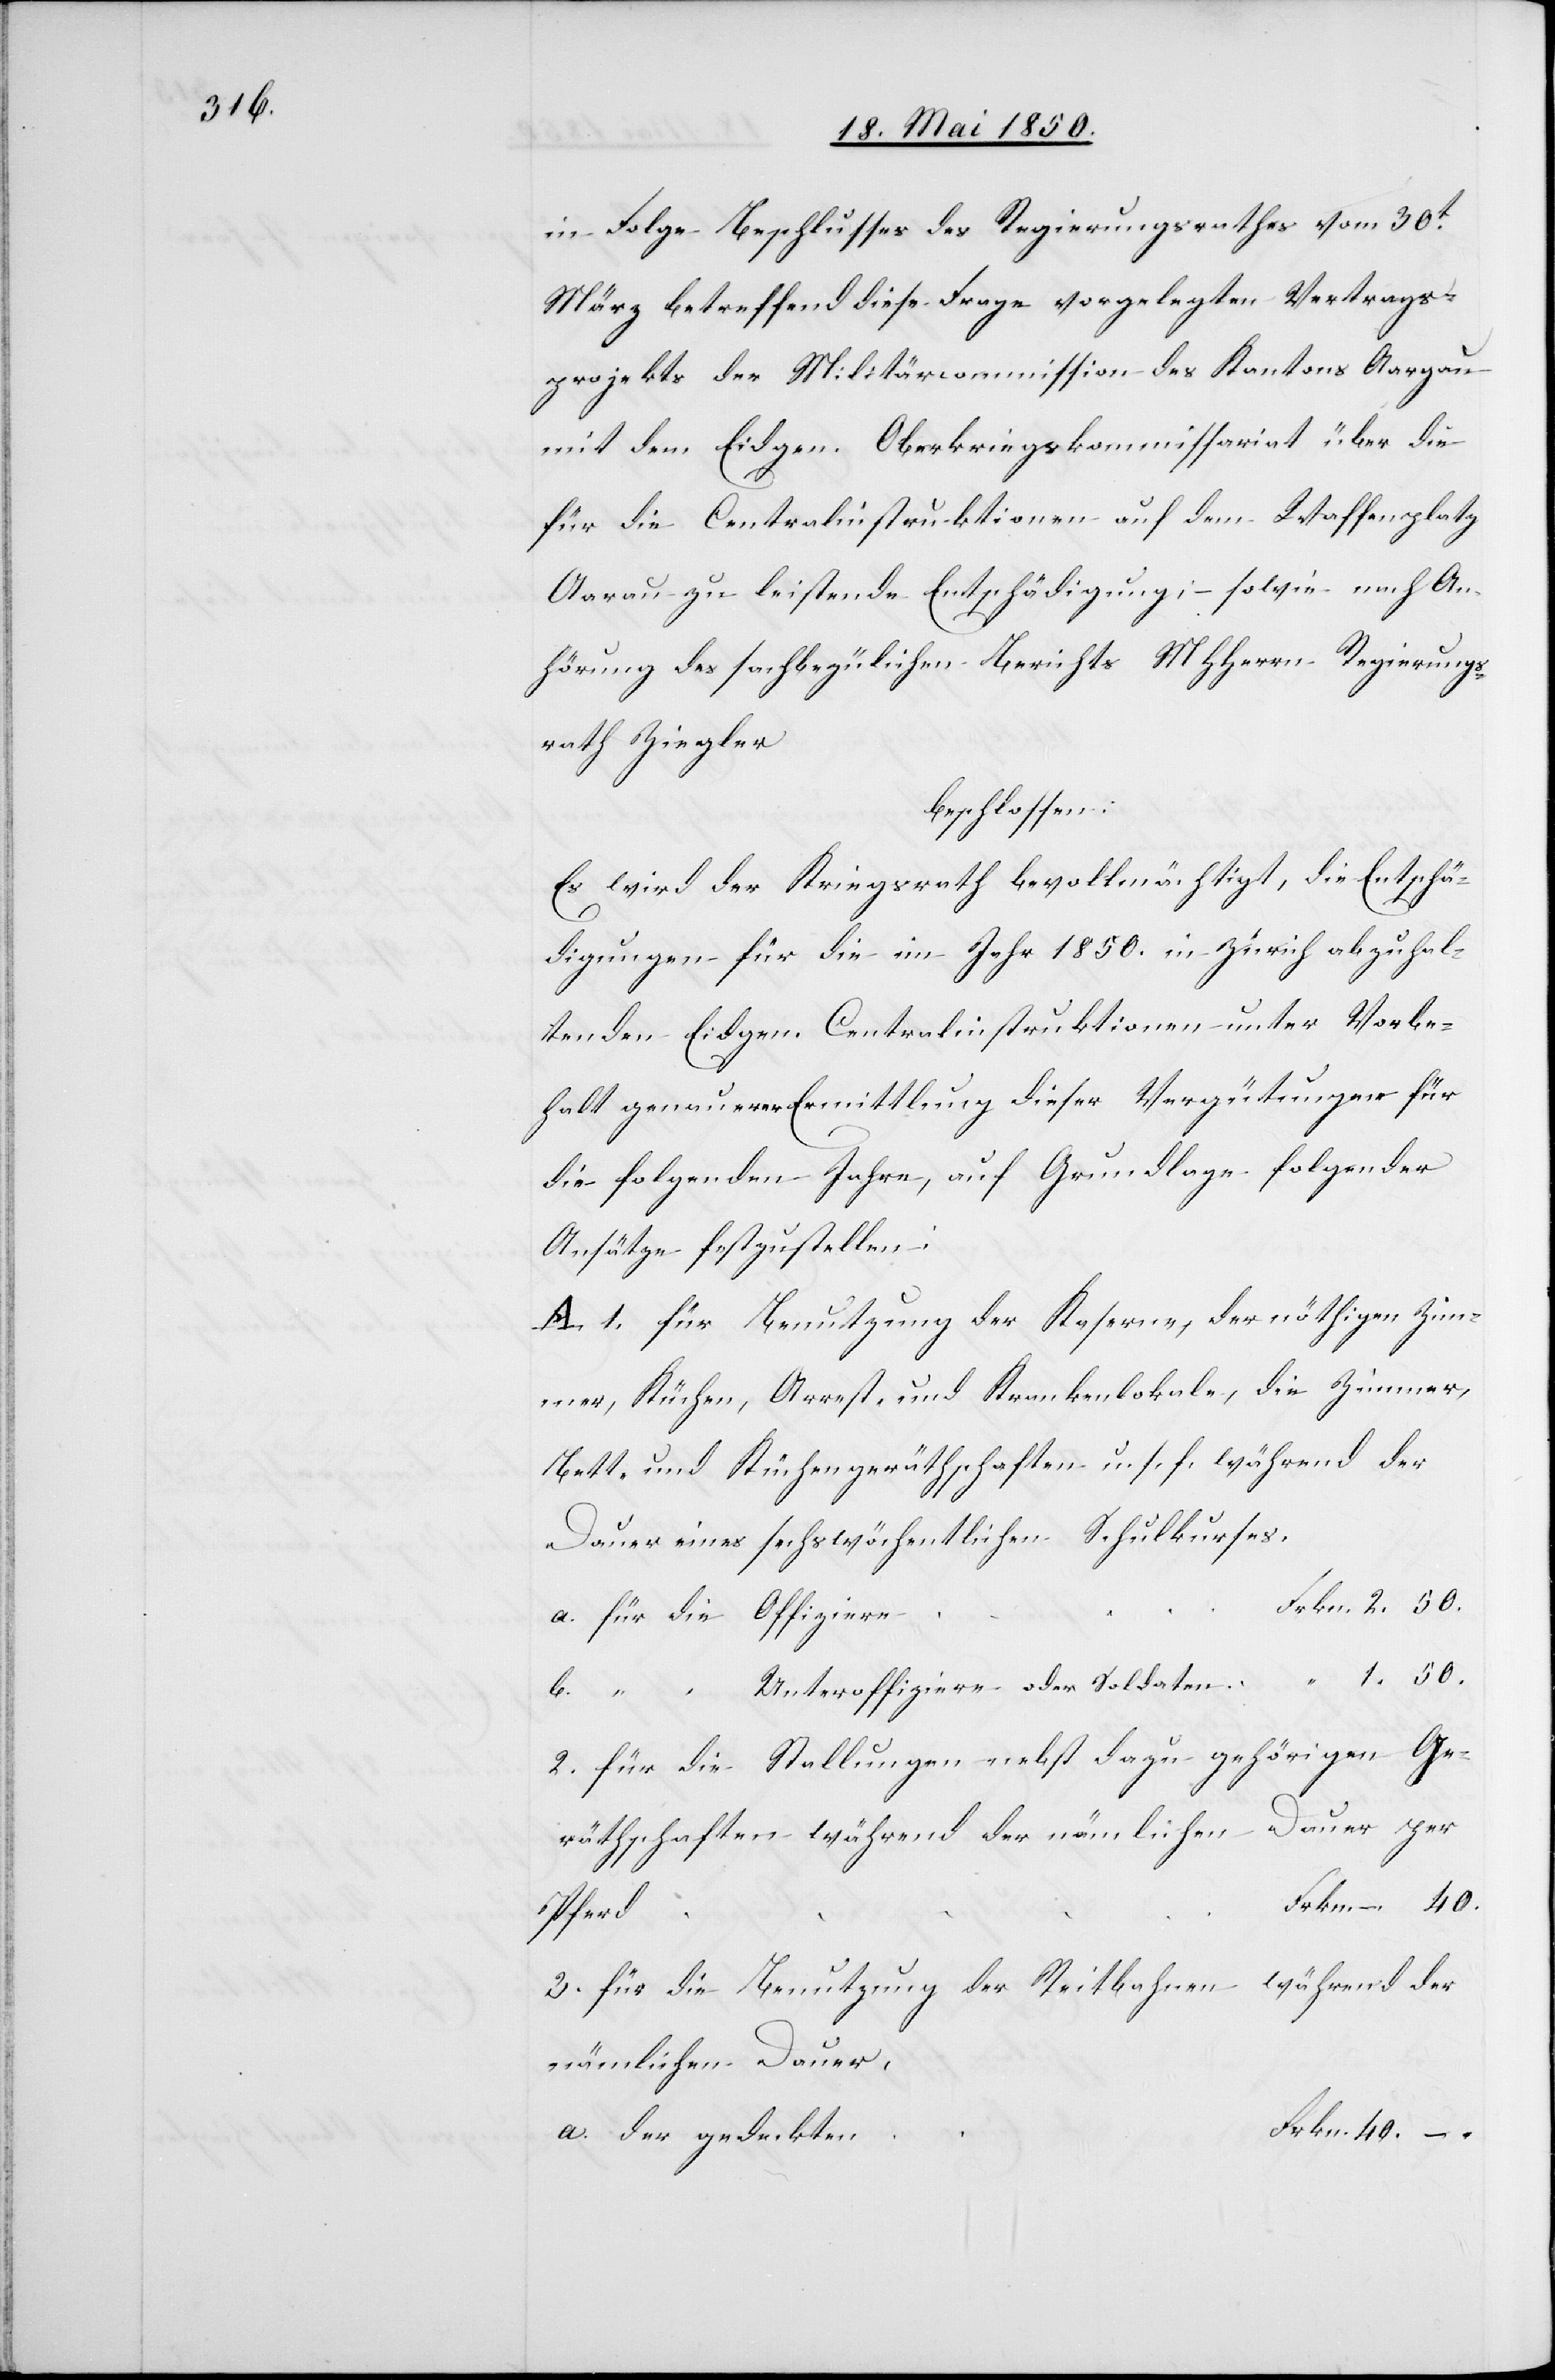
in Folge Beschlusses des Regierungsrathes vom 30t
März betreffend diese Frage vorgelegten Vertrags¬
projekts der Militärcommission des Kantons Aargau
mit dem Eidgen. Oberkriegskommissariat über die
für die Centralinstruktionen auf dem Waffenplatz
Aarau zu leistende Entschädigung; sowie nach An¬
hörung des sachbezüglichen Berichts MHHerrn Regierungs¬
rath Ziegler
beschlossen:
Es wird der Kriegsrath bevollmächtigt, die Entschä¬
digungen für die im Jahr 1850. in Zürich abzuhal¬
tenden Eidgen. Centralinstruktionen unter Vorbe¬
halt genauerer Ermittlung dieser Vergütungen für
die folgenden Jahre, auf Grundlage folgender
Ansätze festzustellen:
A. 1. für Benutzung der Kaserne, der nöthigen Zim¬
mer, Küchen, Arrest- und Krankenlokale, die Zimmer,
Bett- und Küchengeräthschaften u. s. f. während der
Dauer eines sechswöchentlichen Schulkurses.
a. für die Offiziere
b. “
2. für die Stellungen nebst dazu gehörigen Ge¬
räthschaften während der nämlichen Dauer per
3. für die Benutzung der Reitbahnen während der
nämlichen Dauer,